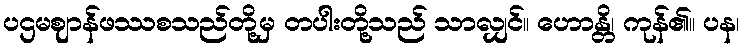
ပဌမဈာန်ဖဿစသည်တို့မှ တပါးတို့သည် သာလျှင်။ ဟောန္တိ၊ ကုန်၏။ ပန၊